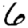
Digit: 6